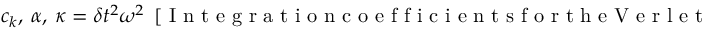
c _ { k } , ~ \alpha , ~ \kappa = \delta t ^ { 2 } \omega ^ { 2 } ~ ~ [ \mathrm { ~ I ~ n ~ t ~ e ~ g ~ r ~ a ~ t ~ i ~ o ~ n ~ c ~ o ~ e ~ f ~ f ~ i ~ c ~ i ~ e ~ n ~ t ~ s ~ f ~ o ~ r ~ t ~ h ~ e ~ V ~ e ~ r ~ l ~ e ~ t ~ d ~ a ~ m ~ p ~ i ~ n ~ g ~ t ~ e ~ r ~ m ~ , ~ R ~ e ~ f ~ . ~ \ } ]